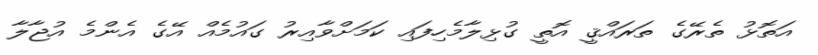
އަތޮޅު ތެރޭގެ ތަރައްޤީ އޮތީ ގުޅިލާމެހިފައި ކަމަށްވާއިރު ގައުމެއް އޭގެ އެންމެ އުޖާލާ